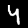
Digit: 4